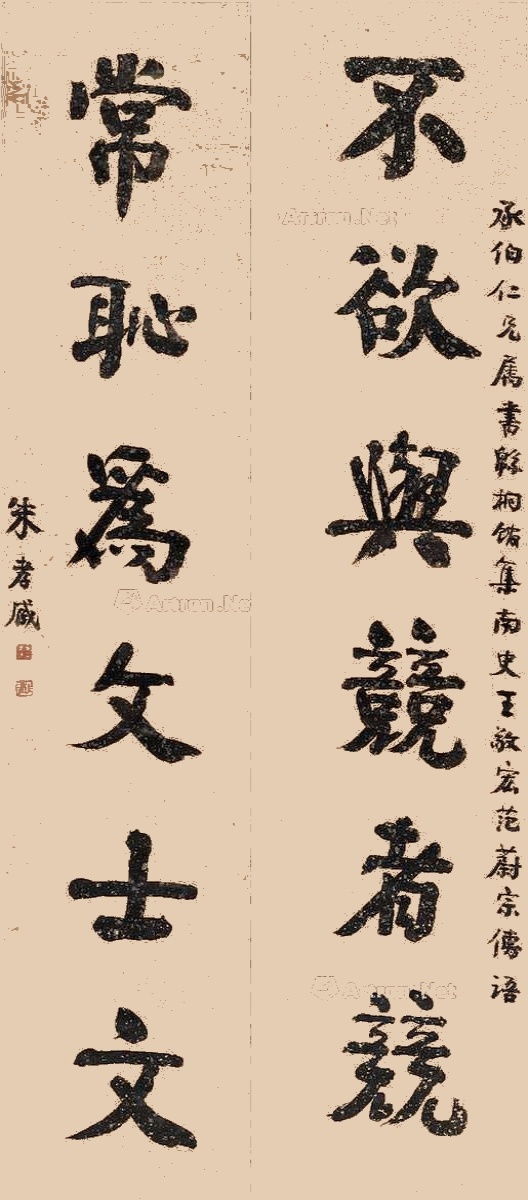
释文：不欲与竞者竞，常耻为文士文。承伯仁兄属书，緜桐馆集南史王敬宏、范蔚宗传语。朱孝臧。